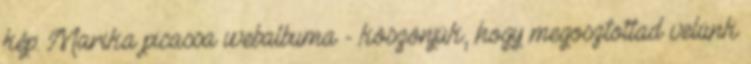
kép: Marika picassa webalbuma - köszönjük, hogy megosztottad velünk